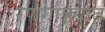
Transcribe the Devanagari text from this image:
रणगाड्यात